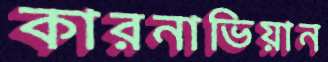
কারনাভিয়ান